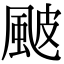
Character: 𩖽